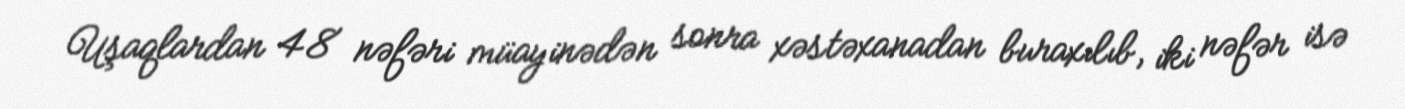
Uşaqlardan 48 nəfəri müayinədən sonra xəstəxanadan buraxılıb, iki nəfər isə